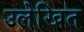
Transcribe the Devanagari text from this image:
उलेखित